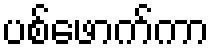
ပစ်ဖောက်ကာ